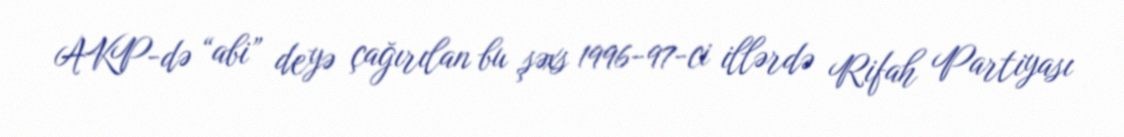
AKP-də “abi” deyə çağırılan bu şəxs 1996-97-ci illərdə Rifah Partiyası